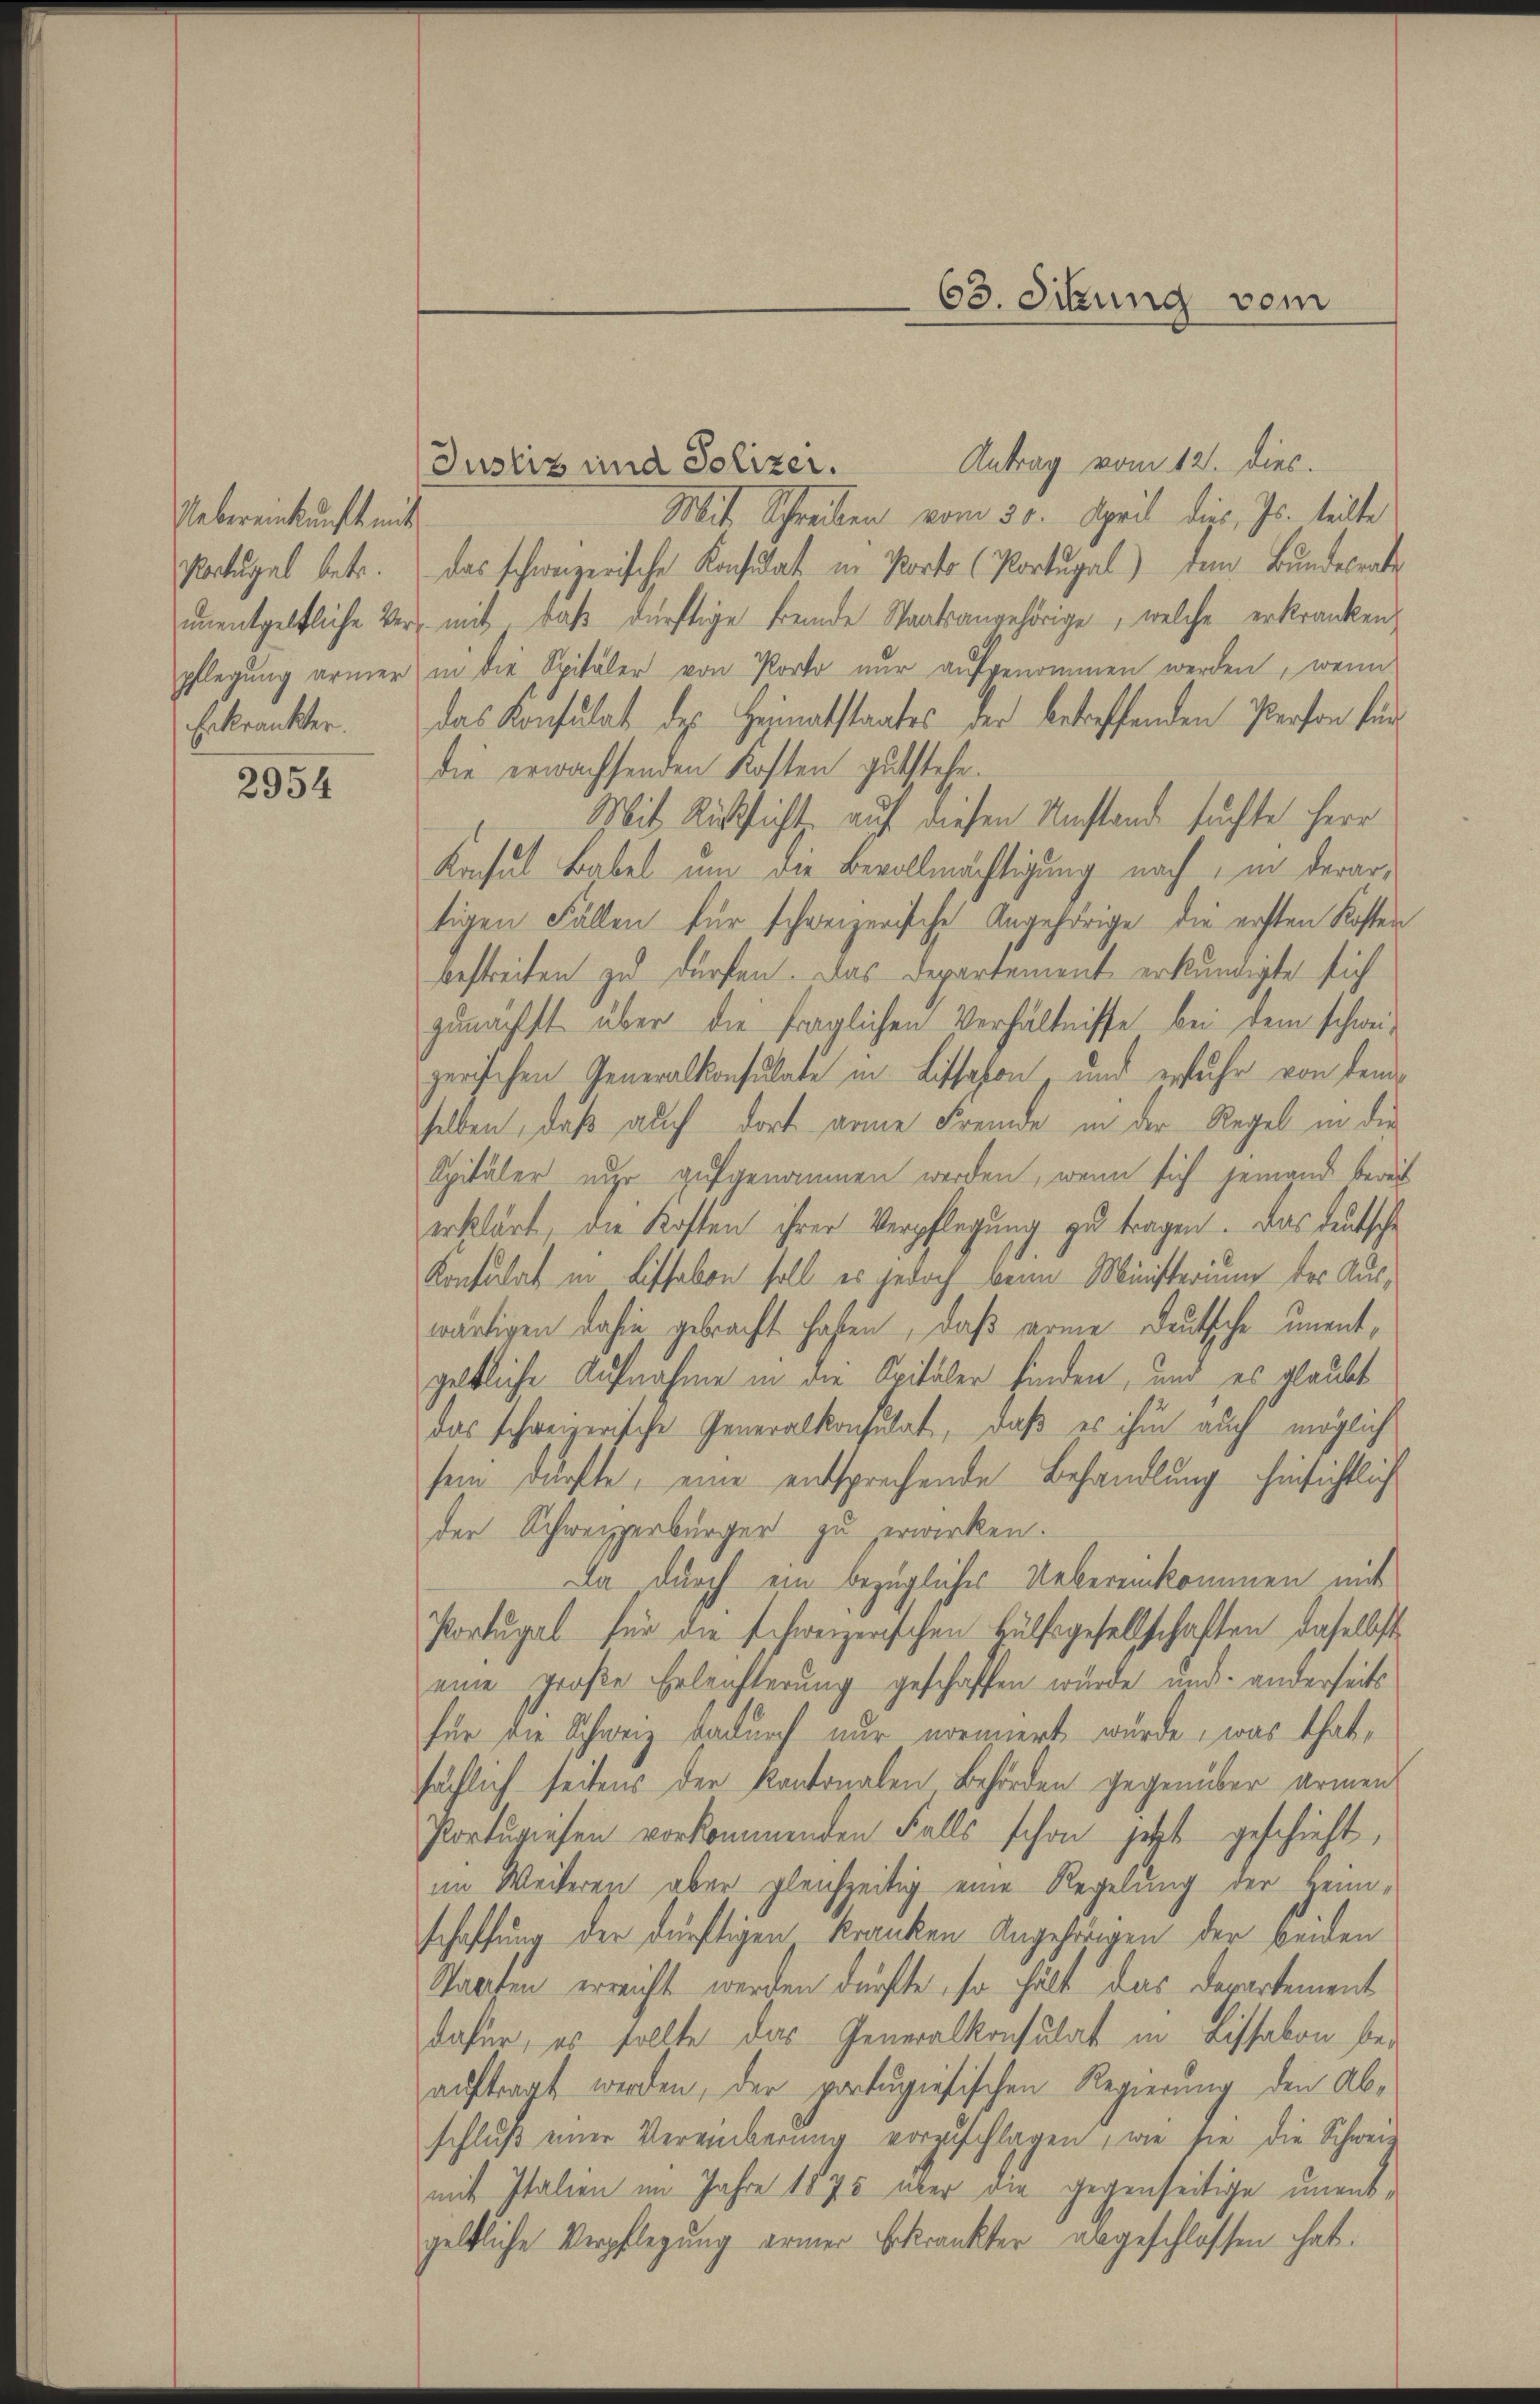
Uebereinkunft mit
Nortugal betr.
unentgeltliche Ver
pflegung armer
Erkrankter.

2954

Antrag vom 12. dies.
Justiz und Polizei.
Mit Schreiben vom 30. April dies, Js. teilte
das schweizerische Konsulat in Porto (Portugal) dem Bundesrate
mit, daß dürftige Fremde Staatsangehörige, welche erkranken
in die Spitäler von Porto nur aufgenommen werden, wenn
das Konsulat des Heimatstaates der betreffenden Person für
die erwachsenden Kosten gutstehe.
Mit Rücksicht auf diesen Umstand suchte herr
Konsul Babel um die Bevollmächtigung nach, in derartigen Fällen für schweizerische Angehörige die ersten Koster
bestreiten zu dürfen. Das Departement erkundigte sich
zunächst über die fraglichen Verhältnisse bei dem schwei-
zerischen Generalkonsulate in Lissahen, und erfuhr von dem
selben, daß auch dort arme Fremde in der Regel in die
Apitäler nur aufgenommen werden, wenn sich jemand bereit
erklärt, die Kosten ihrer Verpflegung zu tragen. Das deutsche
Konsulat in Lissabon soll es jedoch beim Ministerium der Auswärtigen dahin gebracht haben, daß arme Deutsche unentgeltliche Aufnahme in die Opitäler finden, und es glaubt
das schweizerische Generalkonsulat, daß es ihm auch möglich
sein dürfte, eine entsprechende Behandlung hinsichtlich
der Schweizerbürger zu erwirken.
Da durch ein bezügliches Uebereinkommen mit
Portugal für die schweizerischen Hülfsgesellschaften daselbst
eine große Erleichterung geschaffen wurde und anderseits
für die Schweiz dadurch nur normiert würde, was that,
hächlich seitens der Kantonalen Behörden gegenüber armen
Portugiesen vorkommenden Falls schon jetzt geschieht,
im Weiteres aber gleichzeitig eine Regelung der Heim-
schaffung der dürftigen kranken Angehörigen der beiden
Staaten erreicht werden dürfte, so hält das Departement
dafür, es sollte das Generalkonsulat in Lissabon beauftragt werden, der portugisischen Regierung den Ab-
schlŭβ einer Vereinberŭng vorzŭschlagen, wie sie die Schweiz
mit Italien im Jahre 1875 über die gegenseitige unentgeltliche Verpflegung armer Erkränkter angeschlossen hat.

63. Ockung vom